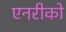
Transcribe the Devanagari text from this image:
एनरीको